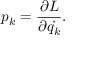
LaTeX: p _ { k } = { \frac { \partial L } { \partial { \dot { q _ { k } } } } } .